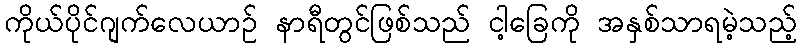
ကိုယ်ပိုင်ဂျက်လေယာဉ် နာရီတွင်ဖြစ်သည် ငါ့ခြေကို အနှစ်သာရမဲ့သည့်